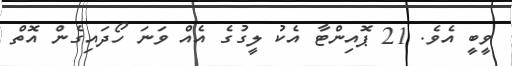
ވީބީ އެވެ. 21 ޕޮއިންޓާ އެކު ލީގުގެ އެއް ވަނަ ހޯދައިގެން އޮތް